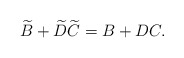
\begin{align*}\widetilde{B}+\widetilde{D}\widetilde{C}=B+DC . \end{align*}